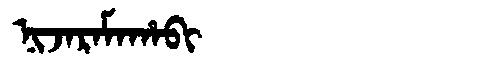
Manchu: ᠨᡳᠵᠠᡵᠠᠮᠠᡥᠠᠪᡳ
Romanization: NIJARAMAHABI